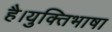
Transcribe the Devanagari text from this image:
है।युक्तिभाषा